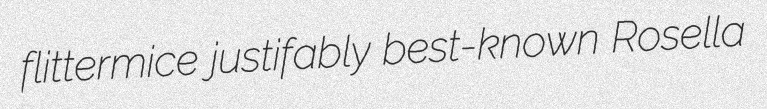
flittermice justifably best-known Rosella